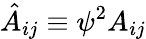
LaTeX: \hat{A}_{ij}\equiv\psi^{2}A_{ij}